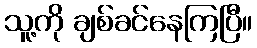
သူ့ကို ချစ်ခင်နေကြပြီ။